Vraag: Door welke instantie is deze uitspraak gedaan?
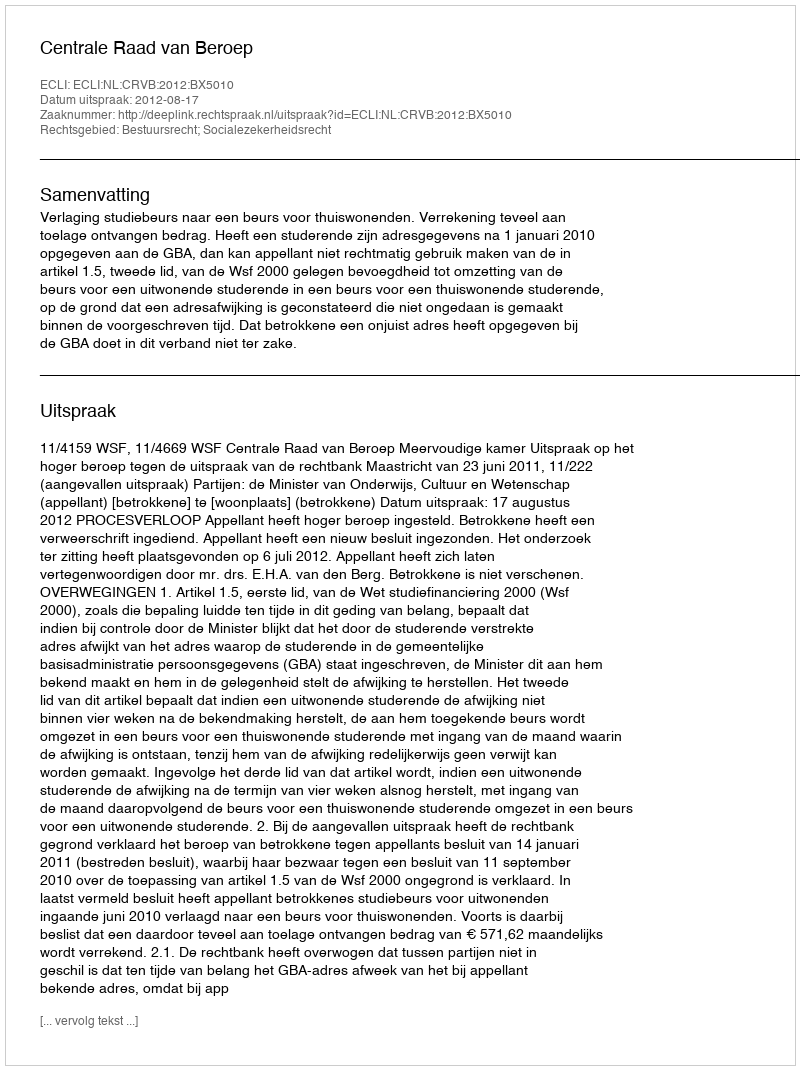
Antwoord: Centrale Raad van Beroep